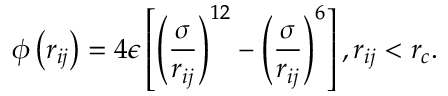
\phi \left( r _ { i j } \right) = 4 \epsilon \left[ \left( \frac { \sigma } { r _ { i j } } \right) ^ { 1 2 } - \left( \frac { \sigma } { r _ { i j } } \right) ^ { 6 } \right] , r _ { i j } < r _ { c } .